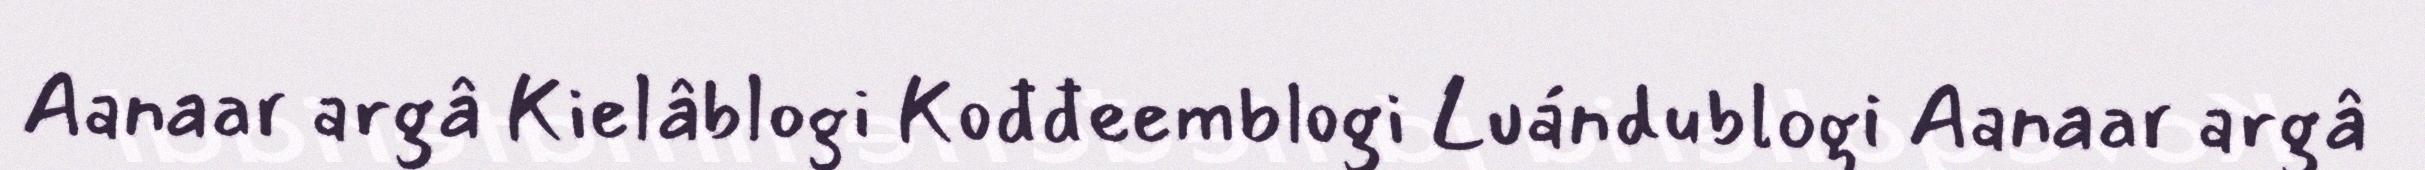
Aanaar argâ Kielâblogi Kođđeemblogi Luándublogi Aanaar argâ